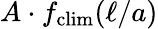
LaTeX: A\cdot f_{\mathrm{clim}}(\ell/a)